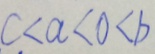
c < a < 0 < b